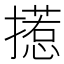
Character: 𱠺